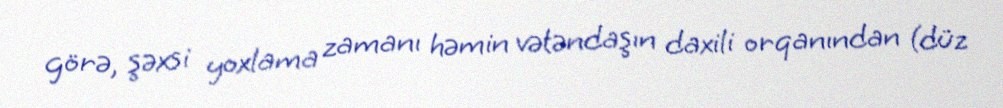
görə, şəxsi yoxlama zamanı həmin vətəndaşın daxili orqanından (düz